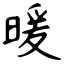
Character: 暖